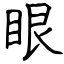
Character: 眼